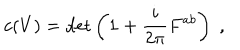
c ( V ) = \det \left( { \bf 1 } + \frac { i } { 2 \pi } F ^ { a b } \right) \; ,